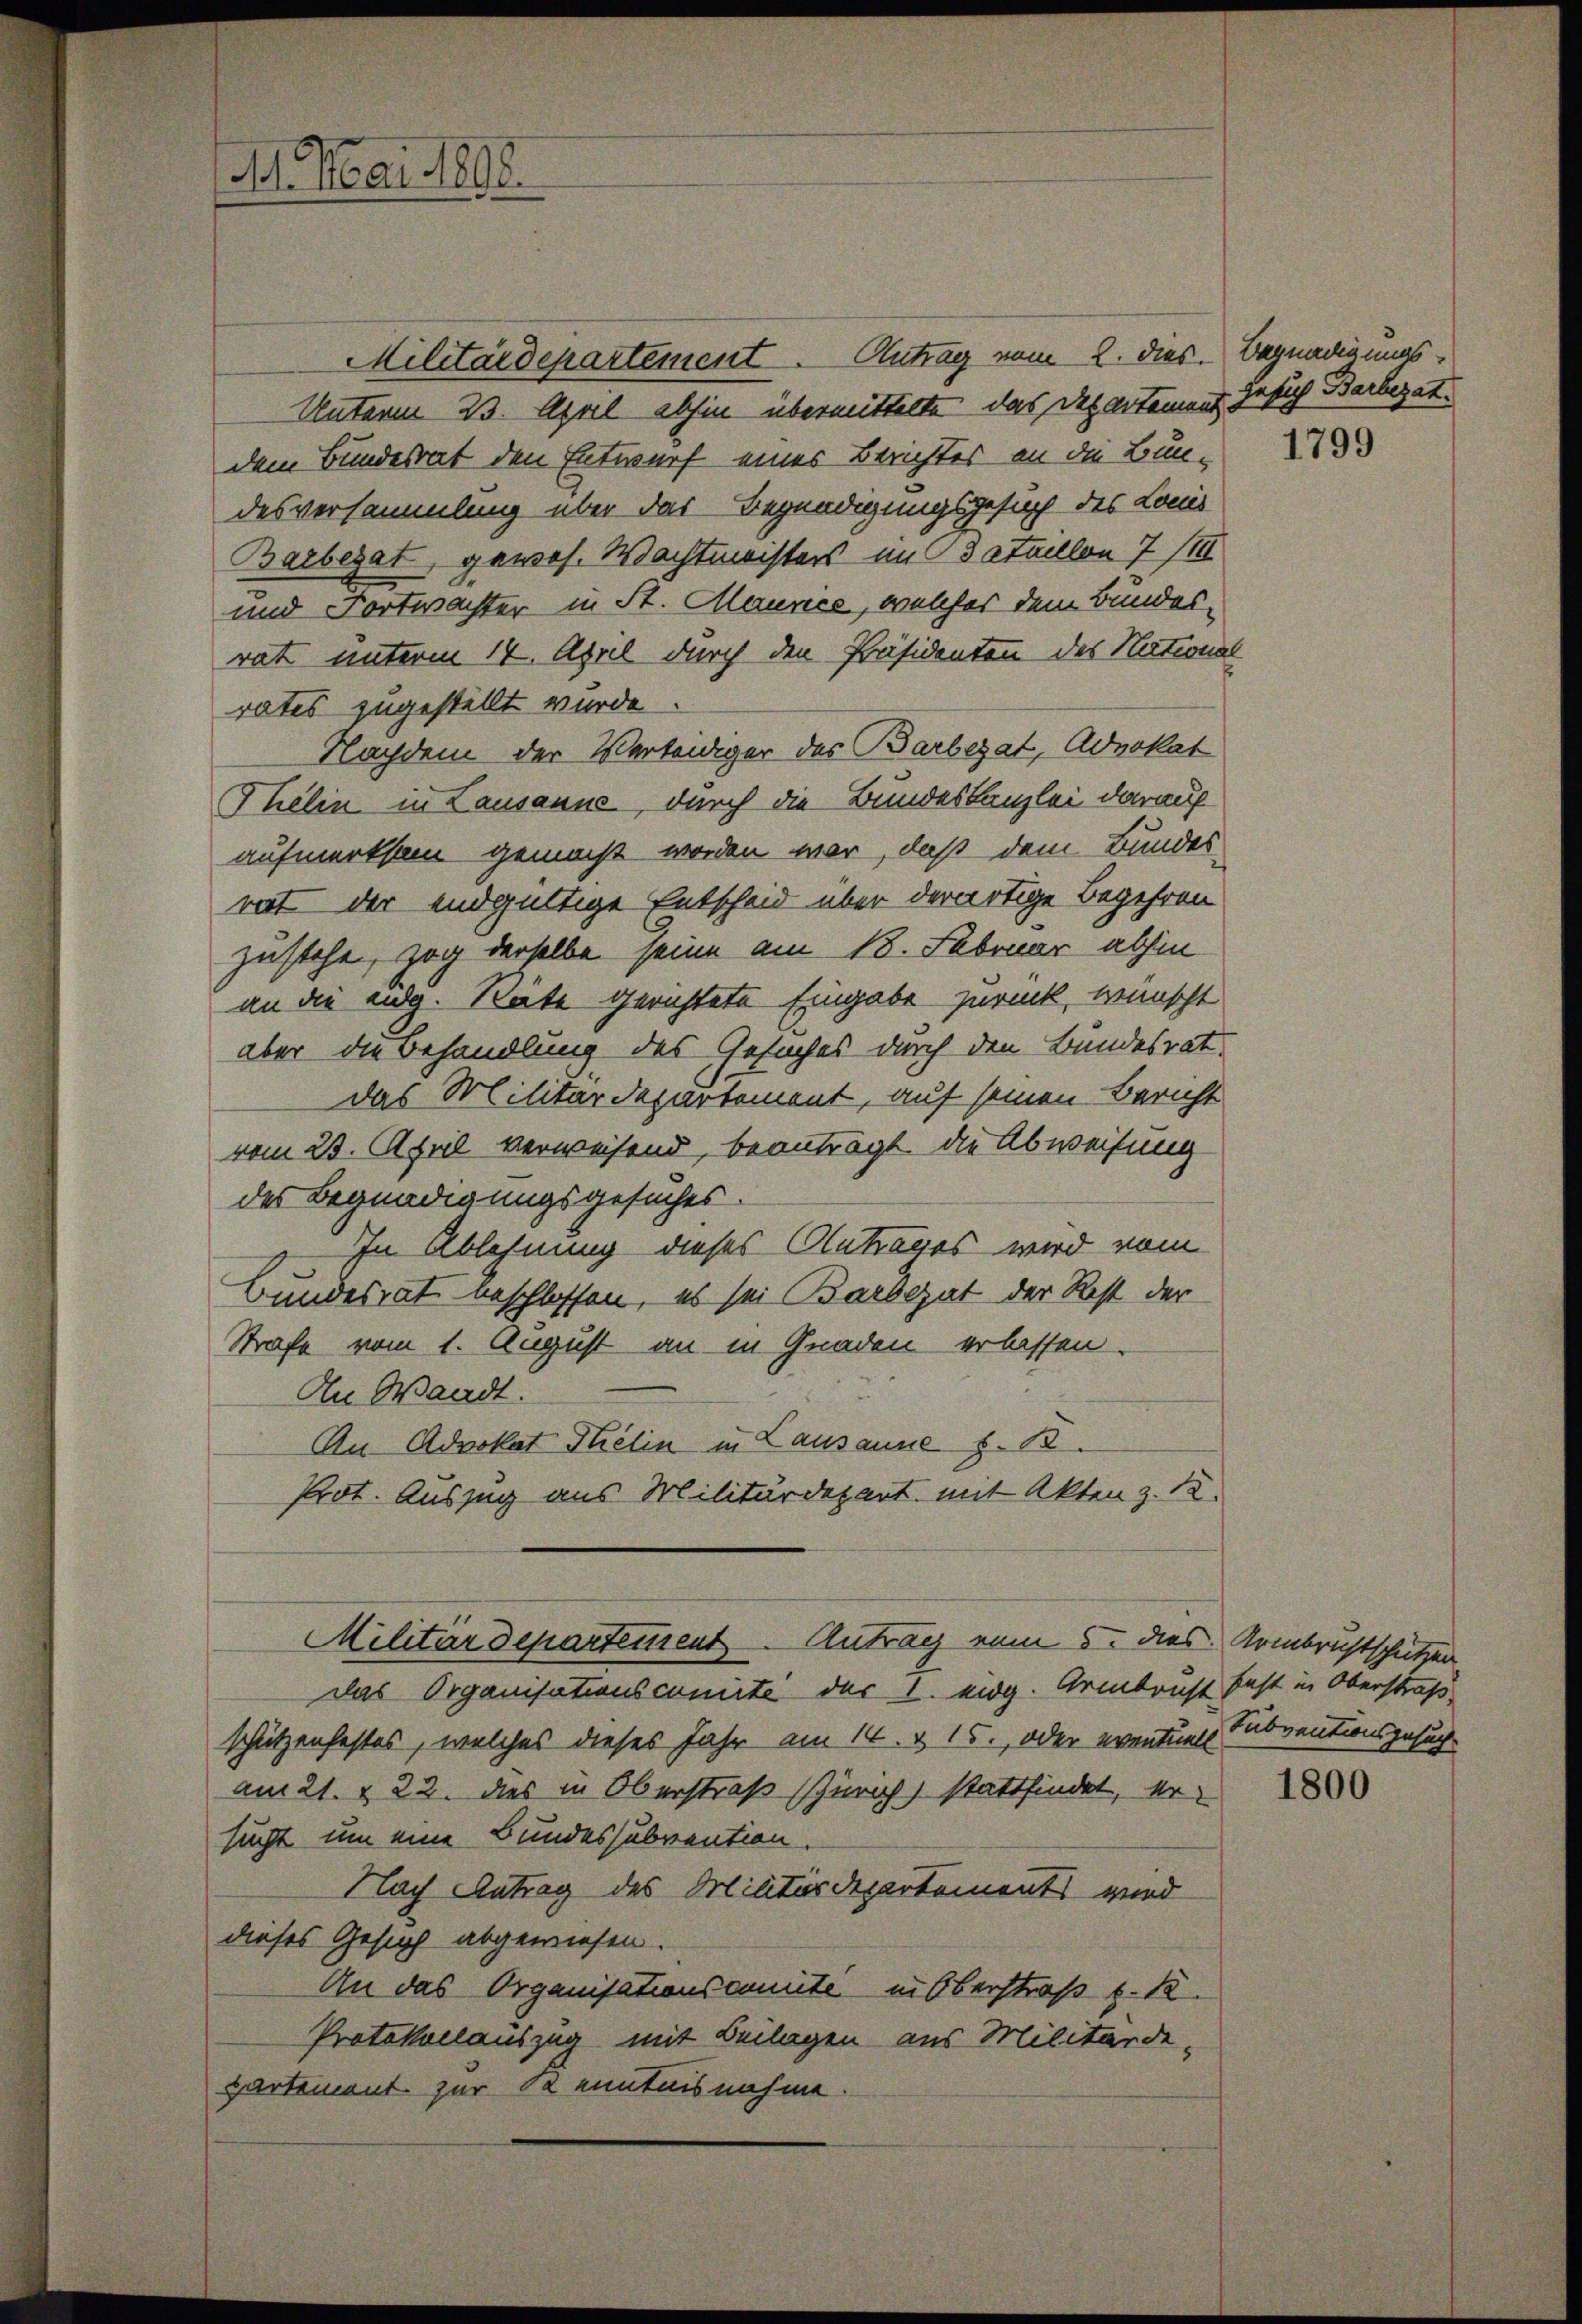
M. Mai 1808.

Militärdepartement. Antrag vom 2. dies. Begnadigungs¬
Unterm 23. April abhin übermittelte, das Departement zu sich Barberat
dem Bundesrat den Entwurf eines Berichtes an die Bundesversammlung über das Begnadigungsgesuch des Louis
Barberat, gewes. Wachtmeisters im 3 taillon 7 /III
und Fortwachter in St. Maunce, welcher dem Bundesrat unterm 14. April durch den Präsidenten des National
rates zugestellt wurde.
Nachdem der Verteidiger des Barbezat Advokat
Thelin in Lausanne, durch die Bundeskanzlei darauf
aufmerksam gemacht worden war, daß dem Bundes
rat der endgültige Entscheid über derartige Begehren
zustehe, zog derselbe seine am 18. Februar abhin
an die eidg. Räte gerichtete Eingabe zurück, wünscht
aber die Behandlung des Gesuches durch den Bundesrat
das Militärdepartement, auf seinen Bericht
vom 23. April verweisend, beantragt die Abweisung
des Begnadigungsgesuches.
In Ablehnung dieses Antrages wird vom
Bundesrat beschlossen, es sei arbeat der Rest der
Strafe vom 1. August an in Gnaden erlassen.
An Waadt.
An Advokat Pelin in Lausanne z. B.
Prot. Auszug aus Militärdepart mit Akten z. 18.
Militärdepartement Antrag vom 5. dies Armbrustschützen
Das Organisationscomite der 1. eidg. Armbrust fast in Oberstraß
schützenfestes, welches dieses Jahr am 14. v. 15., oder eventuels Subventionsgesucham 21. & 22. dies in Oberstraß Zürich) stattfindet, ersucht um eine Bundessubvention.
Nach Antrag des Militärdepartements wird
dieses Gesuch abgewiesen.
An das Organisationscomite in Oberstraß v. 18.
Protokollauszug mit Beilagen aus Militärde-
partement zur 12 enntnisnahme

1799

1800